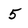
Character: 5